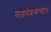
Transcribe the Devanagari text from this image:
गाडगेबाबांबद्दल